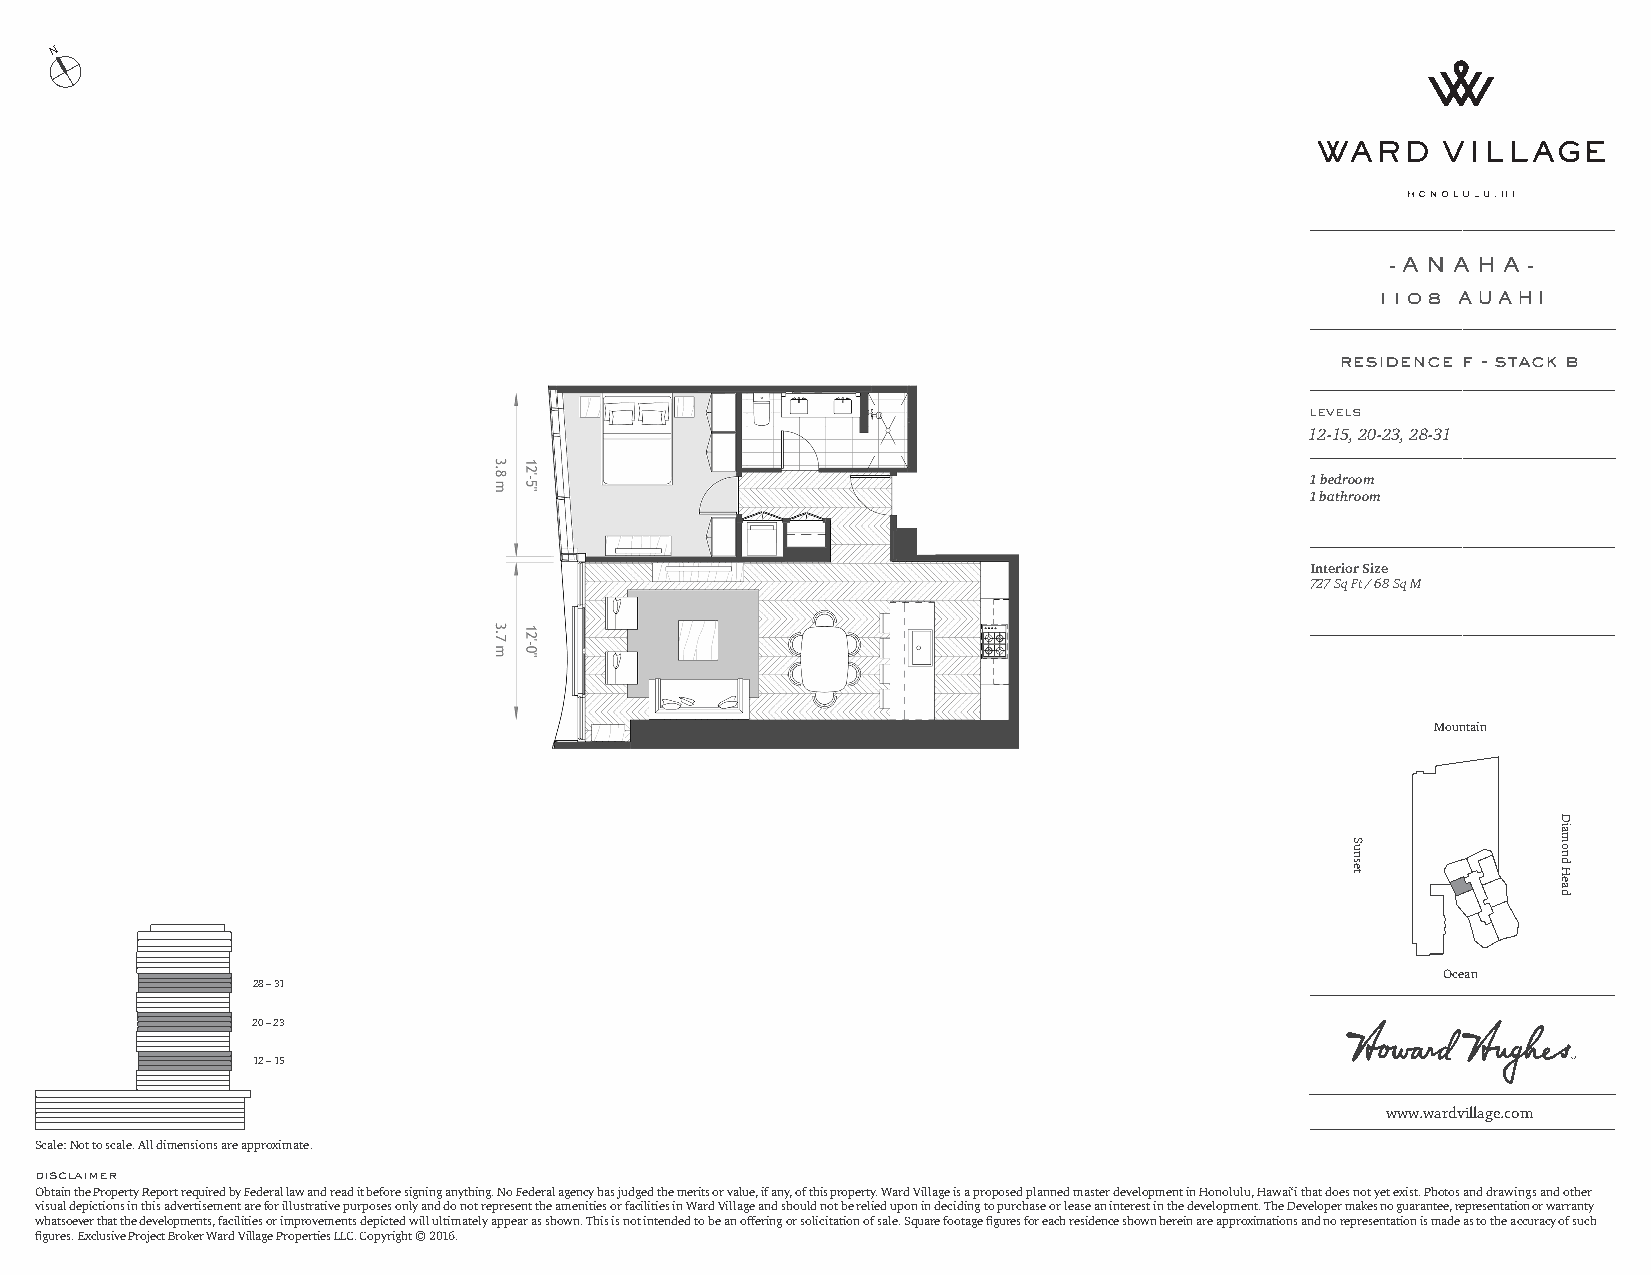
N
 - A N A H A -
 1108 AUAHI
 residence f - stack b
 levels
 12-15, 20-23, 28-31
 1 bedroom
 1 bathroom
 Interior Size
 727 Sq Ft / 68 Sq M
 Mountain
 Ocean
 28 – 31
 20 – 23
 12 – 15
 www.wardvillage.com
 Scale: Not to scale. All dimensions are approximate.
 disclaimer
 Obtain the Property Report required by Federal law and read it before signing anything. No Federal agency has judged the merits or value, if any, of this property. Ward Village is a proposed planned master development in Honolulu, Hawai‘i that does not yet exist. Photos and drawings and other
 visual depictions in this advertisement are for illustrative purposes only and do not represent the amenities or facilities in Ward Village and should not be relied upon in deciding to purchase or lease an interest in the development. The Developer makes no guarantee, representation or warranty
 whatsoever that the developments, facilities or improvements depicted will ultimately appear as shown. This is not intended to be an offering or solicitation of sale. Square footage figures for each residence shown herein are approximations and no representation is made as to the accuracy of such
 figures. Exclusive Project Broker Ward Village Properties LLC. Copyright © 2016.
 Sunset
 Diamond
 Head